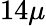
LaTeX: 14\mu